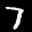
Label: 7